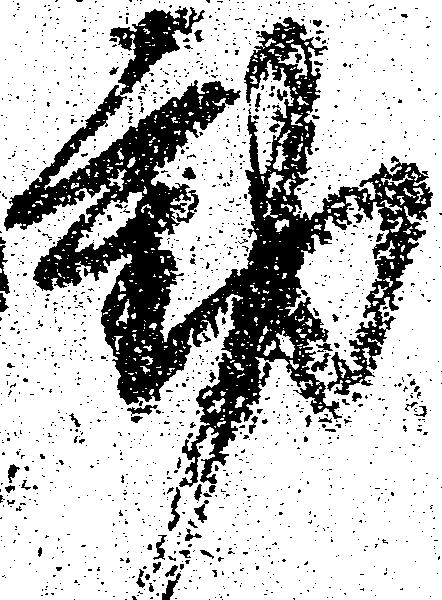
動